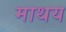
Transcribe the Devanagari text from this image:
माथय